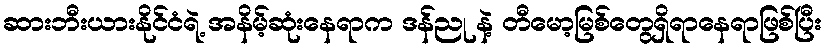
ဆားဘီးယားနိုင်ငံရဲ့ အနိမ့်ဆုံးနေရာက ဒန်ညု နဲ့ တီမော့မြစ်တွေရှိရာနေရာဖြစ်ပြီး